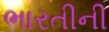
ભારતીની